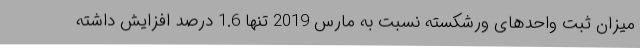
میزان ثبت واحدهای ورشکسته نسبت به مارس 2019 تنها 1.6 درصد افزایش داشته